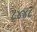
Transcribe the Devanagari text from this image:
८४४८